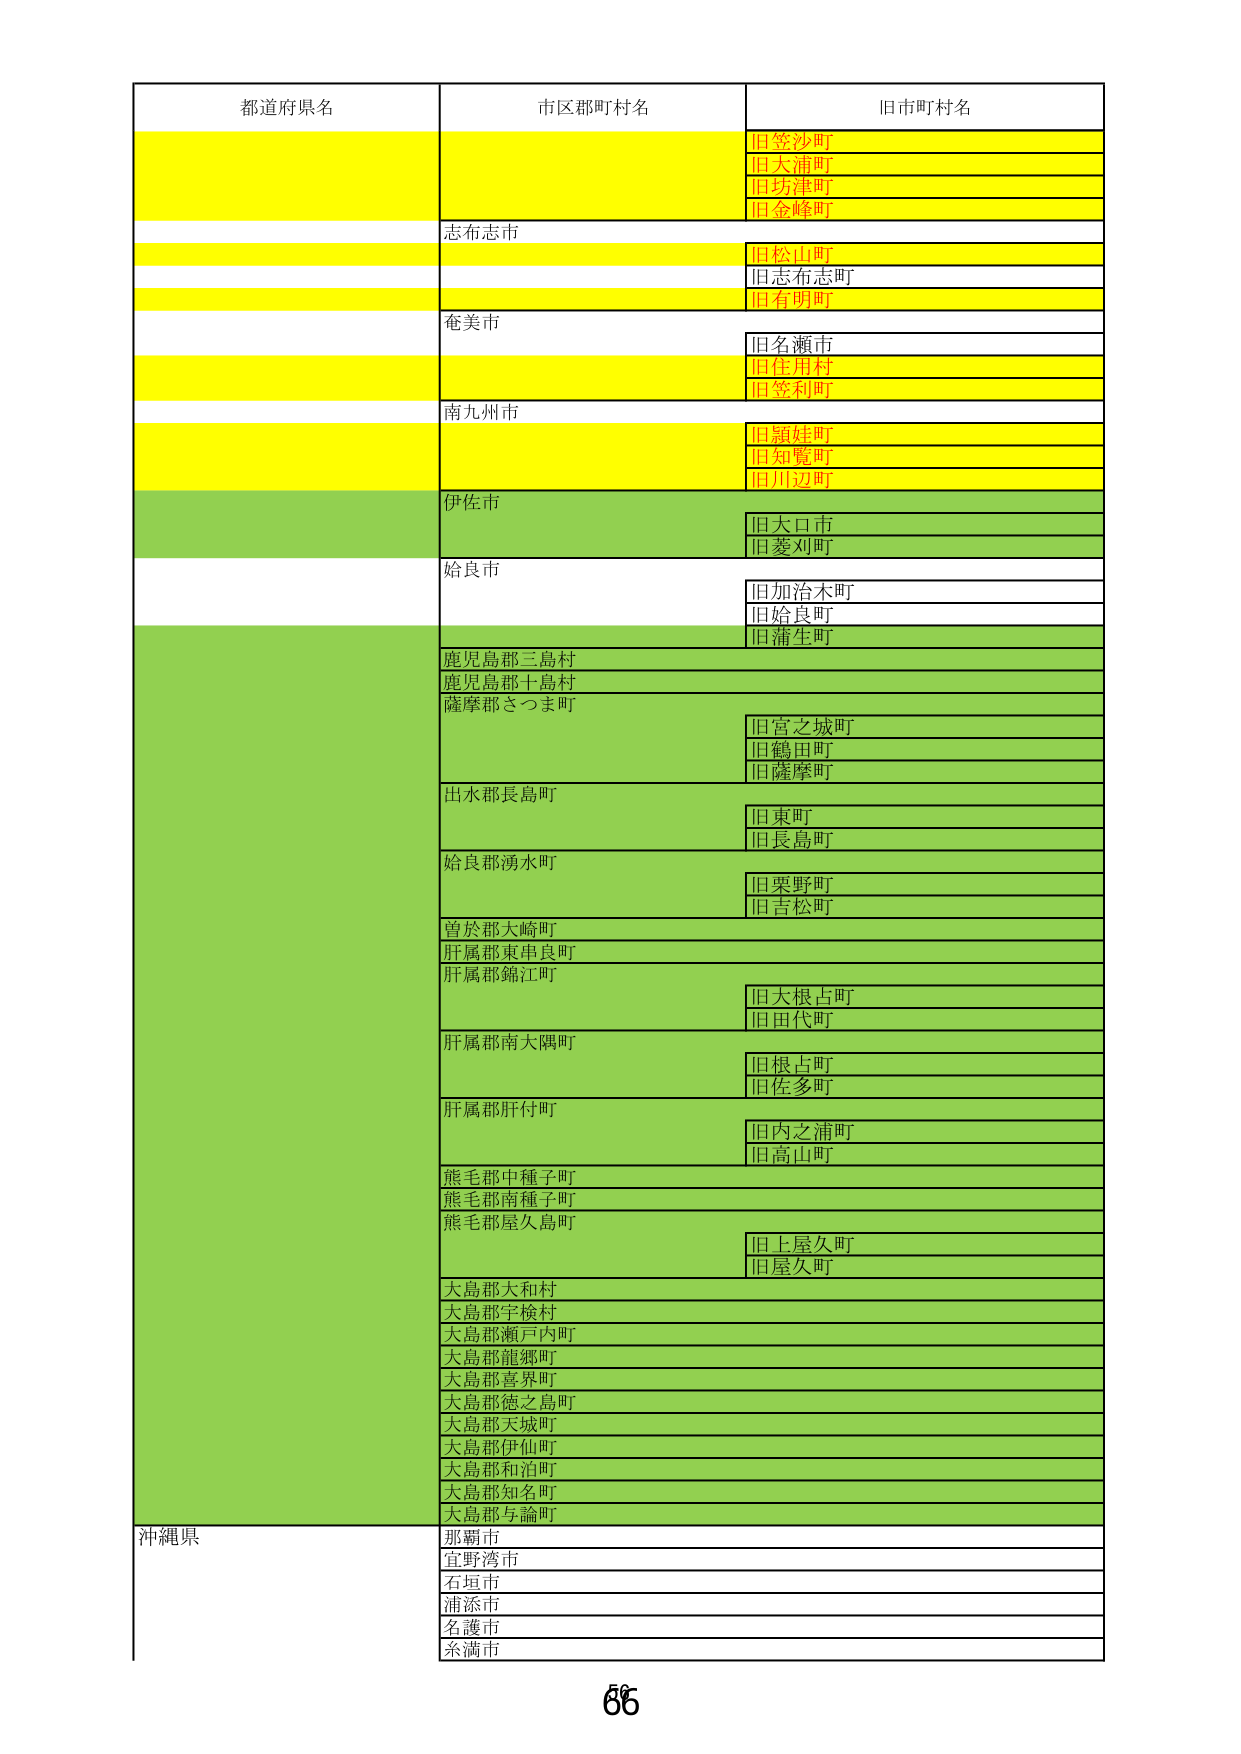
都道府県名　市区郡町村名　旧市町村名
旧笠沙町
旧大浦町
旧坊津町
旧金峰町
志布志市
旧松山町
旧志布志町
旧有明町
奄美市
旧名瀬市
旧住用村
旧笠利町
南九州市
旧顔娃町
旧知覧町
旧川辺町
伊佐市
旧大口市
旧菱刈町
姶良市
旧加治木町
旧姶良町
旧蒲生町
鹿児島郡三島村
鹿児島郡十島村
薩摩郡さつま町
旧宮之城町
旧鶴田町
旧薩摩町
出水郡長島町
旧東町
旧長島町
姶良郡湧水町
旧栗野町
旧吉松町
曽於郡大崎町
肝属郡東串良町
肝属郡錦江町
旧大根占町
旧田代町
肝属郡南大隅町
旧根占町
旧佐多町
肝属郡肝付町
旧内之浦町
旧高山町
熊毛郡中種子町
熊毛郡南種子町
熊毛郡屋久島町
旧上屋久町
旧屋久町
大島郡大和村
大島郡宇検村
大島郡瀬戸内町
大島郡龍郷町
大島郡喜界町
大島郡徳之島町
大島郡天城町
大島郡伊仙町
大島郡和泊町
大島郡知名町
大島郡与論町
沖縄県
那覇市
宜野湾市
石垣市
浦添市
名護市
糸満市
66